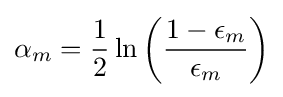
\alpha _{m}={\frac {1}{2}}\ln \left({\frac {1-\epsilon _{m}}{\epsilon _{m}}}\right)